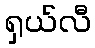
ရှယ်လီ